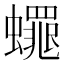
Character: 𮕋